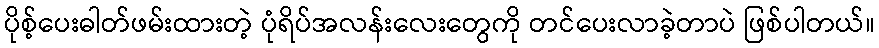
ပိုစ့်ပေးဓါတ်ဖမ်းထားတဲ့ ပုံရိပ်အလန်းလေးတွေကို တင်ပေးလာခဲ့တာပဲ ဖြစ်ပါတယ်။